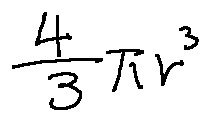
\frac { 4 } { 3 } \pi r ^ { 3 }